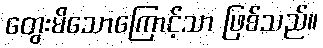
တွေးမိသောကြောင့်သာ ဖြစ်သည်။